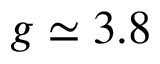
g \simeq 3 . 8